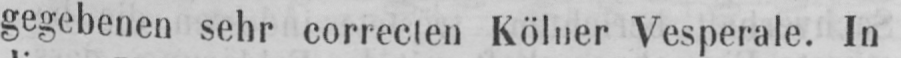
gegebenen sehr correcten Kölner Vesperale. In